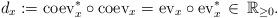
LaTeX: \begin{align*}d_x:=\mathrm{coev}_x^*\circ\mathrm{coev}_x=\mathrm{ev}_x\circ\mathrm{ev}_x^*\,\in\,{\mathbb R}_{\ge 0}.\end{align*}